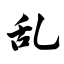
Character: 乱